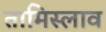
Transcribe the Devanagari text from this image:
तामिस्लाव